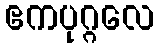
ဧကပုဂ္ဂလေ